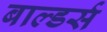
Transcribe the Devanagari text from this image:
बाल्डर्स